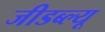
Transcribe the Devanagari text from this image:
जीडब्ल्यू